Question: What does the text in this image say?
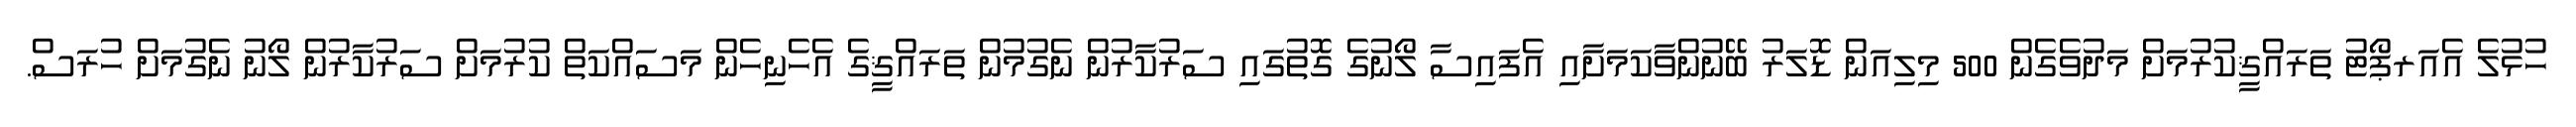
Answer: ހުޅުލެ އެއަރޕޯޓު ތަރައްޤީކުރުމަށް މަދުވެގެން 500 މިލިއަން ޑޮލަރު ބޭނުންވާކަމަށާއި އެފައިސާ ލޯނުގެ ގޮތުގައި ސަރުކާރުން ނެގުމުން ތަރައްޤީގެ އެހެނިހެން މަސައްކަތް ކުރުމަށް ސަރުކާރުން ލޯނު ނެގުމަށް ހުރަސް.